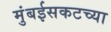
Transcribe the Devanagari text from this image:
मुंबईसकटच्या